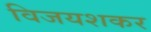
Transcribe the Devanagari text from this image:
विजयशकर